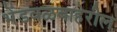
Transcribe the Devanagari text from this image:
भेंडवळबाहेरील